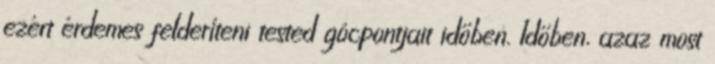
ezért érdemes felderíteni tested gócpontjait időben. Időben, azaz most